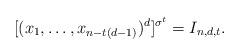
LaTeX: \begin{align*}[(x_1,\ldots, x_{n-t(d-1)})^d]^{\sigma^t}= I_{n,d,t}.\end{align*}